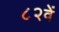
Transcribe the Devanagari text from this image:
८२वें